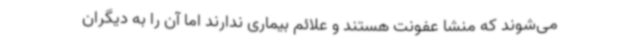
می‌شوند که منشا عفونت هستند و علائم بیماری ندارند اما آن را به دیگران